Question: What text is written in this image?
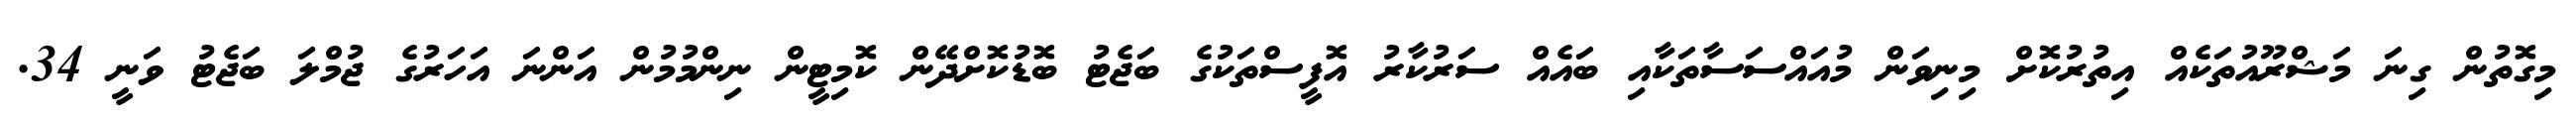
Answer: މިގޮތުން ގިނަ މަޝްރޫއުތަކެއް އިތުރުކޮށް މިނިވަން މުއައްސަސާތަކާއި ބައެއް ސަރުކާރު އޮފީސްތަކުގެ ބަޖެޓު ބޮޑުކޮށްދޭން ކޮމިޓީން ނިންމުމުން އަންނަ އަހަރުގެ ޖުމްލަ ބަޖެޓު ވަނީ 34.